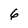
Character: 6